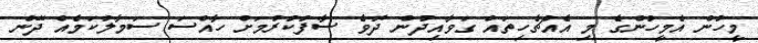
މީހުން އެމީހުންގެ މި އެއްޗެހިތައް ގަވާއިދުން ދޮވެ ސާފުކުރުމަށް ހާއްސަ ސަމާލުކަމެއް ދޭން